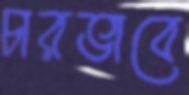
চারভাবে